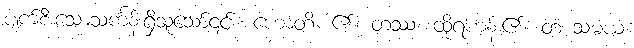
ပျက်စီးသောသင်္ကန်းရှိသူသော်၎င်း။ ဟောတိ၊ ၏။ တဿ၊ ထိုရဟန်း၏။ တံ သမယံ၊